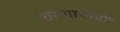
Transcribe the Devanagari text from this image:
शरणार्थीयों